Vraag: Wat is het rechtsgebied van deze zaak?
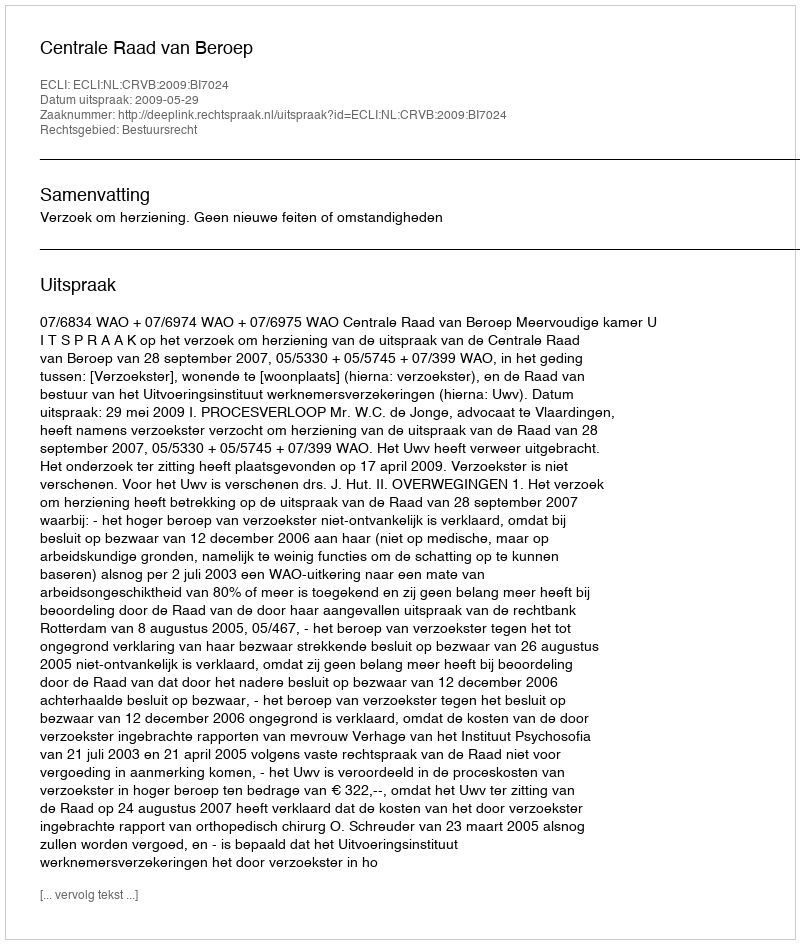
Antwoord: Bestuursrecht